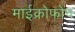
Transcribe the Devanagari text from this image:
माईक्रोफोन